Report of the Indian Hemp Drugs Commission, 1894-1895 - Volume VI
Year: 1894
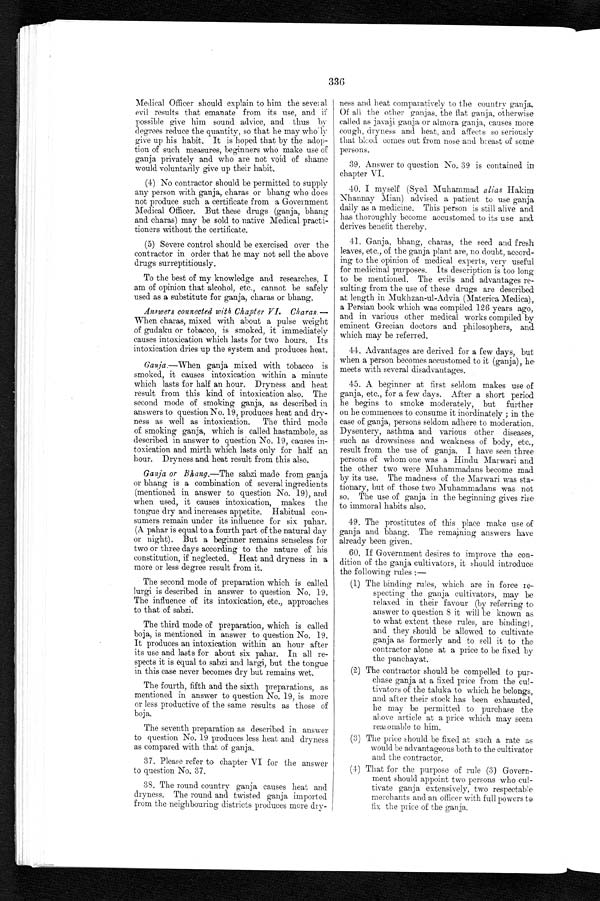
336
Medical Officer should explain to him the sever al
evil results that emanate from its use, and if
possible give him sound advice, and thus by degrees reduce the quantity, so that he may who' ly
give up his habit. It is hoped that by the adop-
tion of such measures, beginners who make use of
ganja privately and who are not void of shame
would voluntarily give up their habit.
(4) No contractor should be permitted to supply
any person with ganja, charas or bhang who does
not produce such a certificate from a Government
Medical Officer. But these drugs (ganja, bhang
and charas) may be sold to native Medical practi-
tioners without the certificate.
(5) Severe control should be exercised over the
contractor in order that he may not sell the above
drugs surreptitiously.
To the best of my knowledge and researches, I
am of opinion that alcohol, etc., cannot be safely
used as a substitute for ganja, charas or bhang.
Answers connected with Chapter VI. Charas.—
When charas, mixed with about a pulse weight
of gudaku or tobacco, is smoked, it immediately
causes intoxication which lasts for two hours. Its
intoxication dries up the system and produces heat.
Ganja .—When ganja mixed with tobacco is
smoked, it causes intoxication within a minute
which lasts for half an hour. Dryness and heat
result from this kind of intoxication also. The
second mode of smoking ganja, as described in
answers to question No. 19, produces heat and dry-
ness as well as intoxication. The third mode
of smoking ganja, which is called hastambole, as
described in answer to question No. 19, causes in-
toxication and mirth which lasts only for half an
hour. Dryness and heat result from this also.
Ganja or Bhang. —The
s a b z i m a d e f r o m g a n j a o r b h a n g i s a c o m b i n a t i o n o f s e v e r a l i n g r e d i e n t s
(mentioned in answer to question No. 19), and
when used, it causes intoxication, makes the
tongue dry and increases appetite. Habitual con-
sumers remain under its influence for six pahar.
(A pahar is equal to a fourth part of the natural day
or night). But a beginner remains senseless for
two or three days according to the nature of his
constitution, if neglected. Heat and. dryness in a
more or less degree result from it.
The second mode of preparation which is called
lurgi is described in answer to question No. 19.
The influence of its intoxication, etc., approaches
to that of sabzi.
ness and heat comparatively to the country ganja.
Of all the other ganjas, the flat ganja, otherwise
called as javaji ganja or almora ganja, causes more
cough, dryness and heat, and affects so seriously
that blood comes out from nose and breast of some
persons.
39. Answer to question No. 39 is contained in
chapter VI.
40. I myself (Syed. Muhammad alias Hakim
Nhannay Mian) advised a patient to use ganja
daily as a medicine. This person is still alive and
has thoroughly become accustomed to its use and.
derives benefit thereby.
41. Ganja, bhang, charas, the seed and fresh,
leaves, etc., of the ganja plant are, no doubt, accord-
ing to the opinion of medical experts, very useful
for medicinal purposes. Its description is too long
to be mentioned. The evils and advantages re-
sulting from the use of these drugs are described
at length in Mukhzan-ul-Advia (Materica Medica),
a Persian book which was compiled 126 years ago,
and in various other medical works compiled by
eminent Grecian doctors and philosophers, and
which may be referred.
41. Advantages are derived for a few days, but
when a person becomes accustomed to it (ganja), he
meets with several disadvantages.
45. A beginner at first seldom makes use of
ganja, etc., for a few days. After a short period
he begins to smoke moderately, but further
on he commences to consume it inordinately ; in the
case of ganja, persons seldom adhere to moderation.
Dysentery, asthma and various other diseases,
such as drowsiness and weakness of body, etc.,
result from the use of ganja. I have seen three
persons of whom one was a Hindu Marwari and
the other two were Muhammadans become mad
by its use. The madness of the Marwari was sta-
tionary, but of those two Muhammadans was not
so. The use of ganja in the beginning gives rise
to immoral habits also.
49. The prostitutes of this place make use of
ganja and bhang. The remaining answers have
already been given.
60. If Government desires to improve the con-
dition of the ganja cultivators, it should introduce
the following rules
: —
(1) The binding rules, which are in force re-
specting the ganja cultivators, may be
relaxed in their favour (by referring to
answer to question 8 it will be known as
to what extent these rules, are binding),
and they should be allowed to cultivate
ganja as formerly and to sell it to the
contractor alone at a price to be fixed by
the panchayat.
(2) The contractor should be compelled to pur-
chase ganja at a fixed price from the cul-
tivators of the taluka to which he belongs,
and after their stock has been exhausted,
he may be permitted to purchase the
above article at a price which may seem
reasonable to him.
(3) The price should be fixed at such a rate as
would be advantageous both to the cultivator
and the contractor.
(4) That for the purpose of rule (3) Govern-
ment should appoint two persons who cul-
tivate ganja extensively, two respectable
merchants and an officer with full powers to
fix the price of the ganja.
The third mode of preparation, which is called
boja, is mentioned in answer to question No. 19.
It produces an intoxication within an hour after
its use and lasts for about six pahar. In all re-
spects it is equal to sabzi and largi, but the tongue
in this case never becomes dry but remains wet.
The fourth, fifth and the sixth preparations, as
mentioned in answer to question No. 19, is more
or less productive of the same results as those of
boja.
The seventh preparation as described in answer
to question No. 19 produces less heat and dryness
as compared with that of ganja.
37. Please refer to chapter VI for the answer
to question No. 37.
38. The round country ganja causes heat and
dryness. The round and twisted ganja imported
from the neighbouring districts produces more dry-